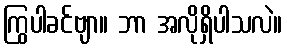
ကြွပါခင်ဗျာ။ ဘာ အလိုရှိပါသလဲ။